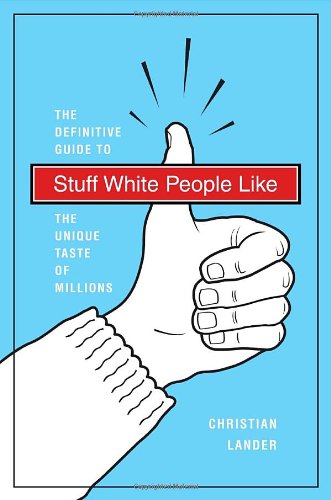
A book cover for Stuff White People Like: A Definitive Guide to the Unique Taste of Millions; Christian Lander; Humor & Entertainment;